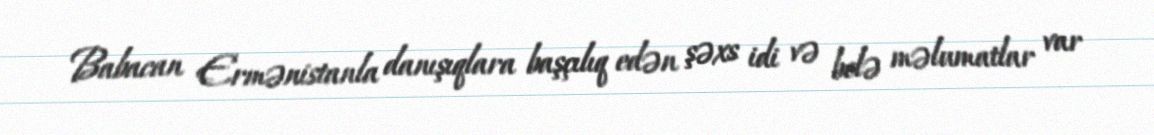
Babacan Ermənistanla danışıqlara başçılıq edən şəxs idi və belə məlumatlar var